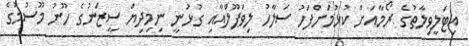
އިޓަލީވިލާތުގެ ރޯމާއަށް ކުޅުމަށްފަހު ސަލާހު ލިވަޕޫލްއާއި ގުޅުނީ ނިމިދިޔަ ސީޒަނުގެ ހޫނު މޫސުމުގެ